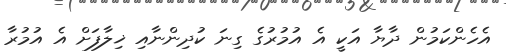
އެހެންކަމުން ދާޔާ އަކީ އެ އުމުރުގެ ގިނަ ކުދިންނާއި ޚިލާފަށް އެ އުމުރާ